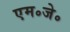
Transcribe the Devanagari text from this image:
एम॰जे॰